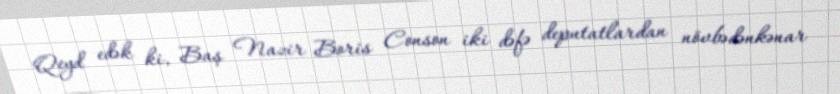
Qeyd edək ki, Baş Nazir Boris Conson iki dəfə deputatlardan növbədənkənar